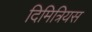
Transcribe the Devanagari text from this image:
दिमित्रियस